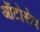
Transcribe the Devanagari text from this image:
ऑटोसेव